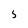
Character: 5